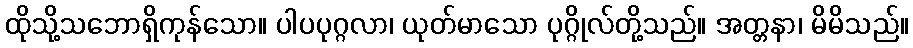
ထိုသို့သဘောရှိကုန်သော။ ပါပပုဂ္ဂလာ၊ ယုတ်မာသော ပုဂ္ဂိုလ်တို့သည်။ အတ္တနာ၊ မိမိသည်။